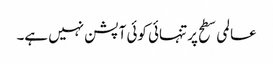
عالمی سطح پر تنہائی کوئی آپشن نہیں ہے۔